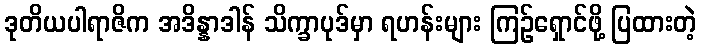
ဒုတိယပါရာဇိက အဒိန္နာဒါန် သိက္ခာပုဒ်မှာ ရဟန်းများ ကြဉ်ရှောင်ဖို့ ပြထားတဲ့